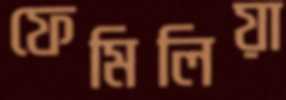
ফেমিলিয়া